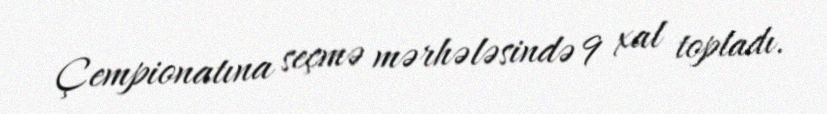
Çempionatına seçmə mərhələsində 9 xal topladı.